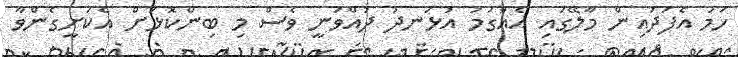
ހަމަ އެފަދައިން މާލޭގައި އެއްގަމު އުޅަނދު ދުއްވަނީ ވެސް މި ބިންކޮޅަށް އެކަށީގެންވާ